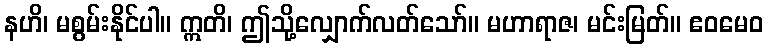
နဟိ၊ မစွမ်းနိုင်ပါ။ ဣတိ၊ ဤသို့လျှောက်လတ်သော်။ မဟာရာဇ၊ မင်းမြတ်။ ဧဝမေဝ